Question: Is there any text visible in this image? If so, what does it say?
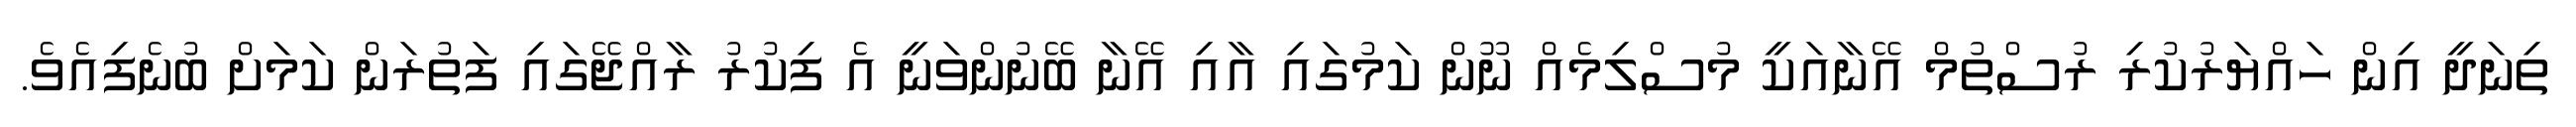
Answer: ތިނަދީ އިން ހައްޔަރުކުރި ރުސްތުމް އޭނާއަކީ މުސްލިމެއް ނޫން ކަމުގައި އާއި އޭނާ ބޭނުންވަނީ އެ ފިކުރު ރާއްޖޭގައި ފަތުރަން ކަމަށް ބުނެފިއެވެ.